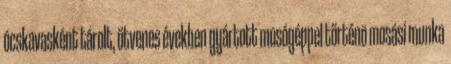
ócskavasként tárolt, ötvenes években gyártott mosógéppel történõ mosási munka